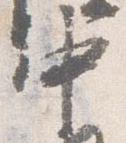
中